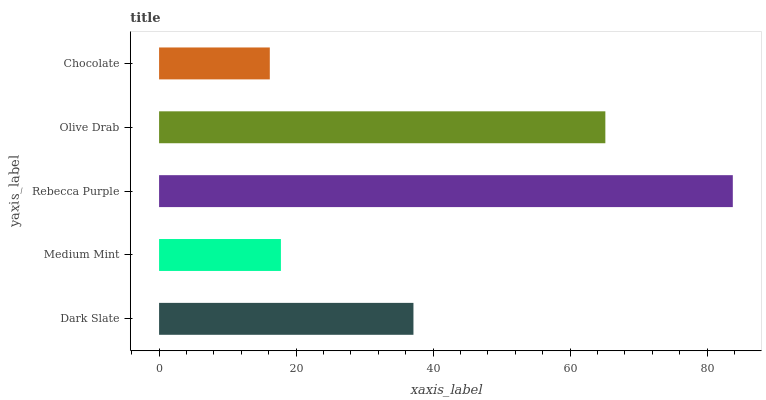
| yaxis_label | bars |
 | --- | --- |
 | Dark Slate | 37.1 |
 | Medium Mint | 17.8 |
 | Rebecca Purple | 83.7 |
 | Olive Drab | 65.1 |
 | Chocolate | 16.2 |